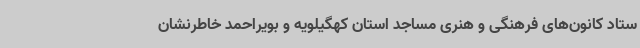
ستاد کانون‌های فرهنگی و هنری مساجد استان کهگیلویه و بویراحمد خاطرنشان